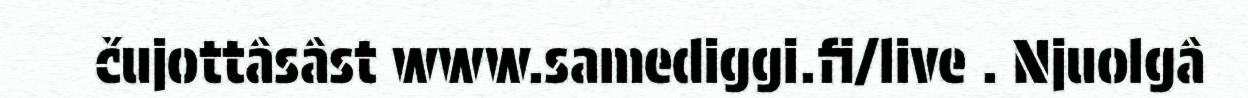
čujottâsâst www.samediggi.fi/live . Njuolgâ